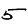
Digit: 5